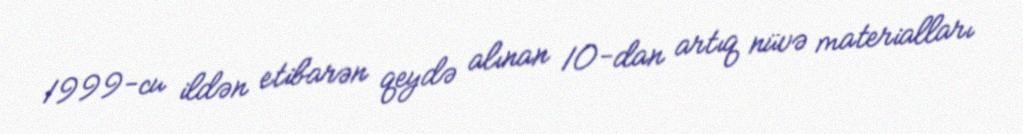
1999-cu ildən etibarən qeydə alınan 10-dan artıq nüvə materialları